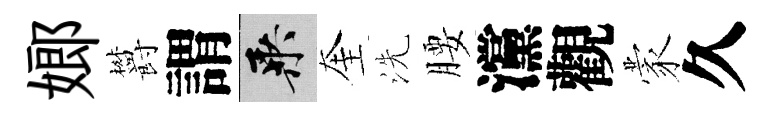
嫏欝謂乘奎洗腰灙觀蒙久